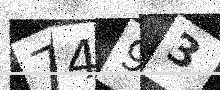
Text: 7493